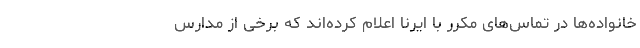
خانواده‌ها در تماس‌های مکرر با ایرنا اعلام کرده‌اند که برخی از مدارس